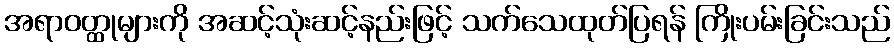
အရာဝတ္ထုများကို အဆင့်သုံးဆင့်နည်းဖြင့် သက်သေထုတ်ပြရန် ကြိုးပမ်းခြင်းသည်